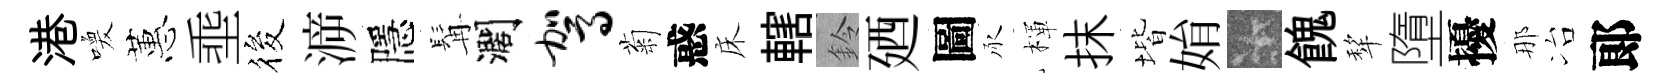
港喚蕙埀筱㴑隱髯濶驾菊惑床轄鈴廼圖承楎抹堦姢卡餽犂墮擾那冶郞